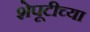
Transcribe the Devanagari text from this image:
शेपूटीच्या